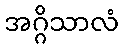
အဂ္ဂိသာလံ